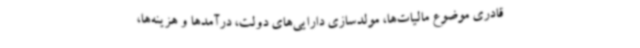
قادری موضوع مالیات‌ها، مولدسازی دارایی‌های دولت، درآمدها و هزینه‌ها،